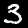
Label: 3